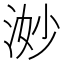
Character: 𪶋